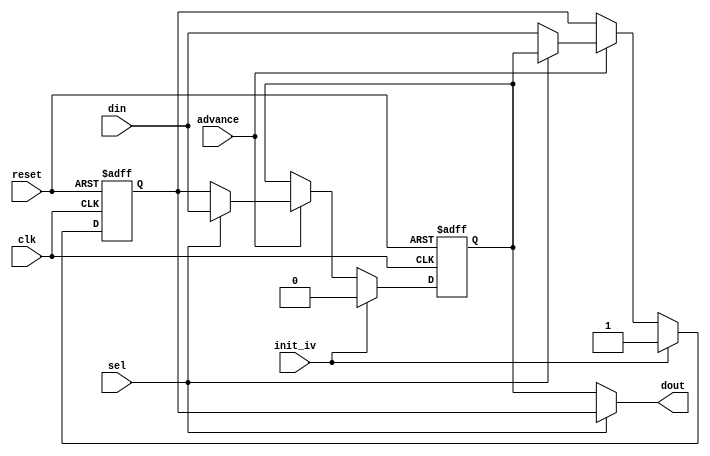
//////////////////////////////////////////////////////////////////////////////
// Copyright (c) 2011, Andrew "bunnie" Huang
// All rights reserved.
//
// Redistribution and use in source and binary forms, with or without modification, 
// are permitted provided that the following conditions are met:
//
//  * Redistributions of source code must retain the above copyright notice, 
//    this list of conditions and the following disclaimer.
//  * Redistributions in binary form must reproduce the above copyright notice, 
//    this list of conditions and the following disclaimer in the documentation and/or 
//    other materials provided with the distribution.
//
//    THIS SOFTWARE IS PROVIDED BY THE COPYRIGHT HOLDERS AND CONTRIBUTORS "AS IS" AND ANY 
//    EXPRESS OR IMPLIED WARRANTIES, INCLUDING, BUT NOT LIMITED TO, THE IMPLIED WARRANTIES 
//    OF MERCHANTABILITY AND FITNESS FOR A PARTICULAR PURPOSE ARE DISCLAIMED. IN NO EVENT 
//    SHALL THE COPYRIGHT HOLDER OR CONTRIBUTORS BE LIABLE FOR ANY DIRECT, INDIRECT, 
//    INCIDENTAL, SPECIAL, EXEMPLARY, OR CONSEQUENTIAL DAMAGES (INCLUDING, BUT NOT 
//    LIMITED TO, PROCUREMENT OF SUBSTITUTE GOODS OR SERVICES; LOSS OF USE, DATA, OR 
//    PROFITS; OR BUSINESS INTERRUPTION) HOWEVER CAUSED AND ON ANY THEORY OF LIABILITY, 
//    WHETHER IN CONTRACT, STRICT LIABILITY, OR TORT (INCLUDING NEGLIGENCE OR OTHERWISE) 
//    ARISING IN ANY WAY OUT OF THE USE OF THIS SOFTWARE, EVEN IF ADVISED OF THE 
//    POSSIBILITY OF SUCH DAMAGE.
//
//////////////////////////////////////////////////////////////////////////////

module shuffle_network (
			input wire clk,
			input wire reset,
			input wire din,
			input wire sel,
			input wire advance,
			input wire init_iv,
			output wire dout
			);

   reg 				    a, b;
   
   always @(posedge clk or posedge reset) begin
      if( reset == 1 ) begin
	 a <= 1'b0;
	 b <= 1'b1;
      end else begin
	 if( init_iv ) begin
	    a <= 1'b0;
	    b <= 1'b1;
	 end else if( advance ) begin
	    a <= sel ? din : b;
	    b <= sel ? a : din;
	 end else begin
	    a <= a;
	    b <= b;
	 end
      end // else: !if( reset == 1 )
   end // always @ (posedge clk or posedge reset)

   assign dout = sel ? b : a;
   
endmodule // shuffle_network